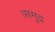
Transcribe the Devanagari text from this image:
।समुद्र